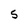
Character: 5